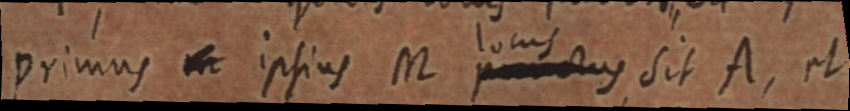
primus in ipsius M locus punctus sit A, et